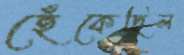
হেঁকেছিল